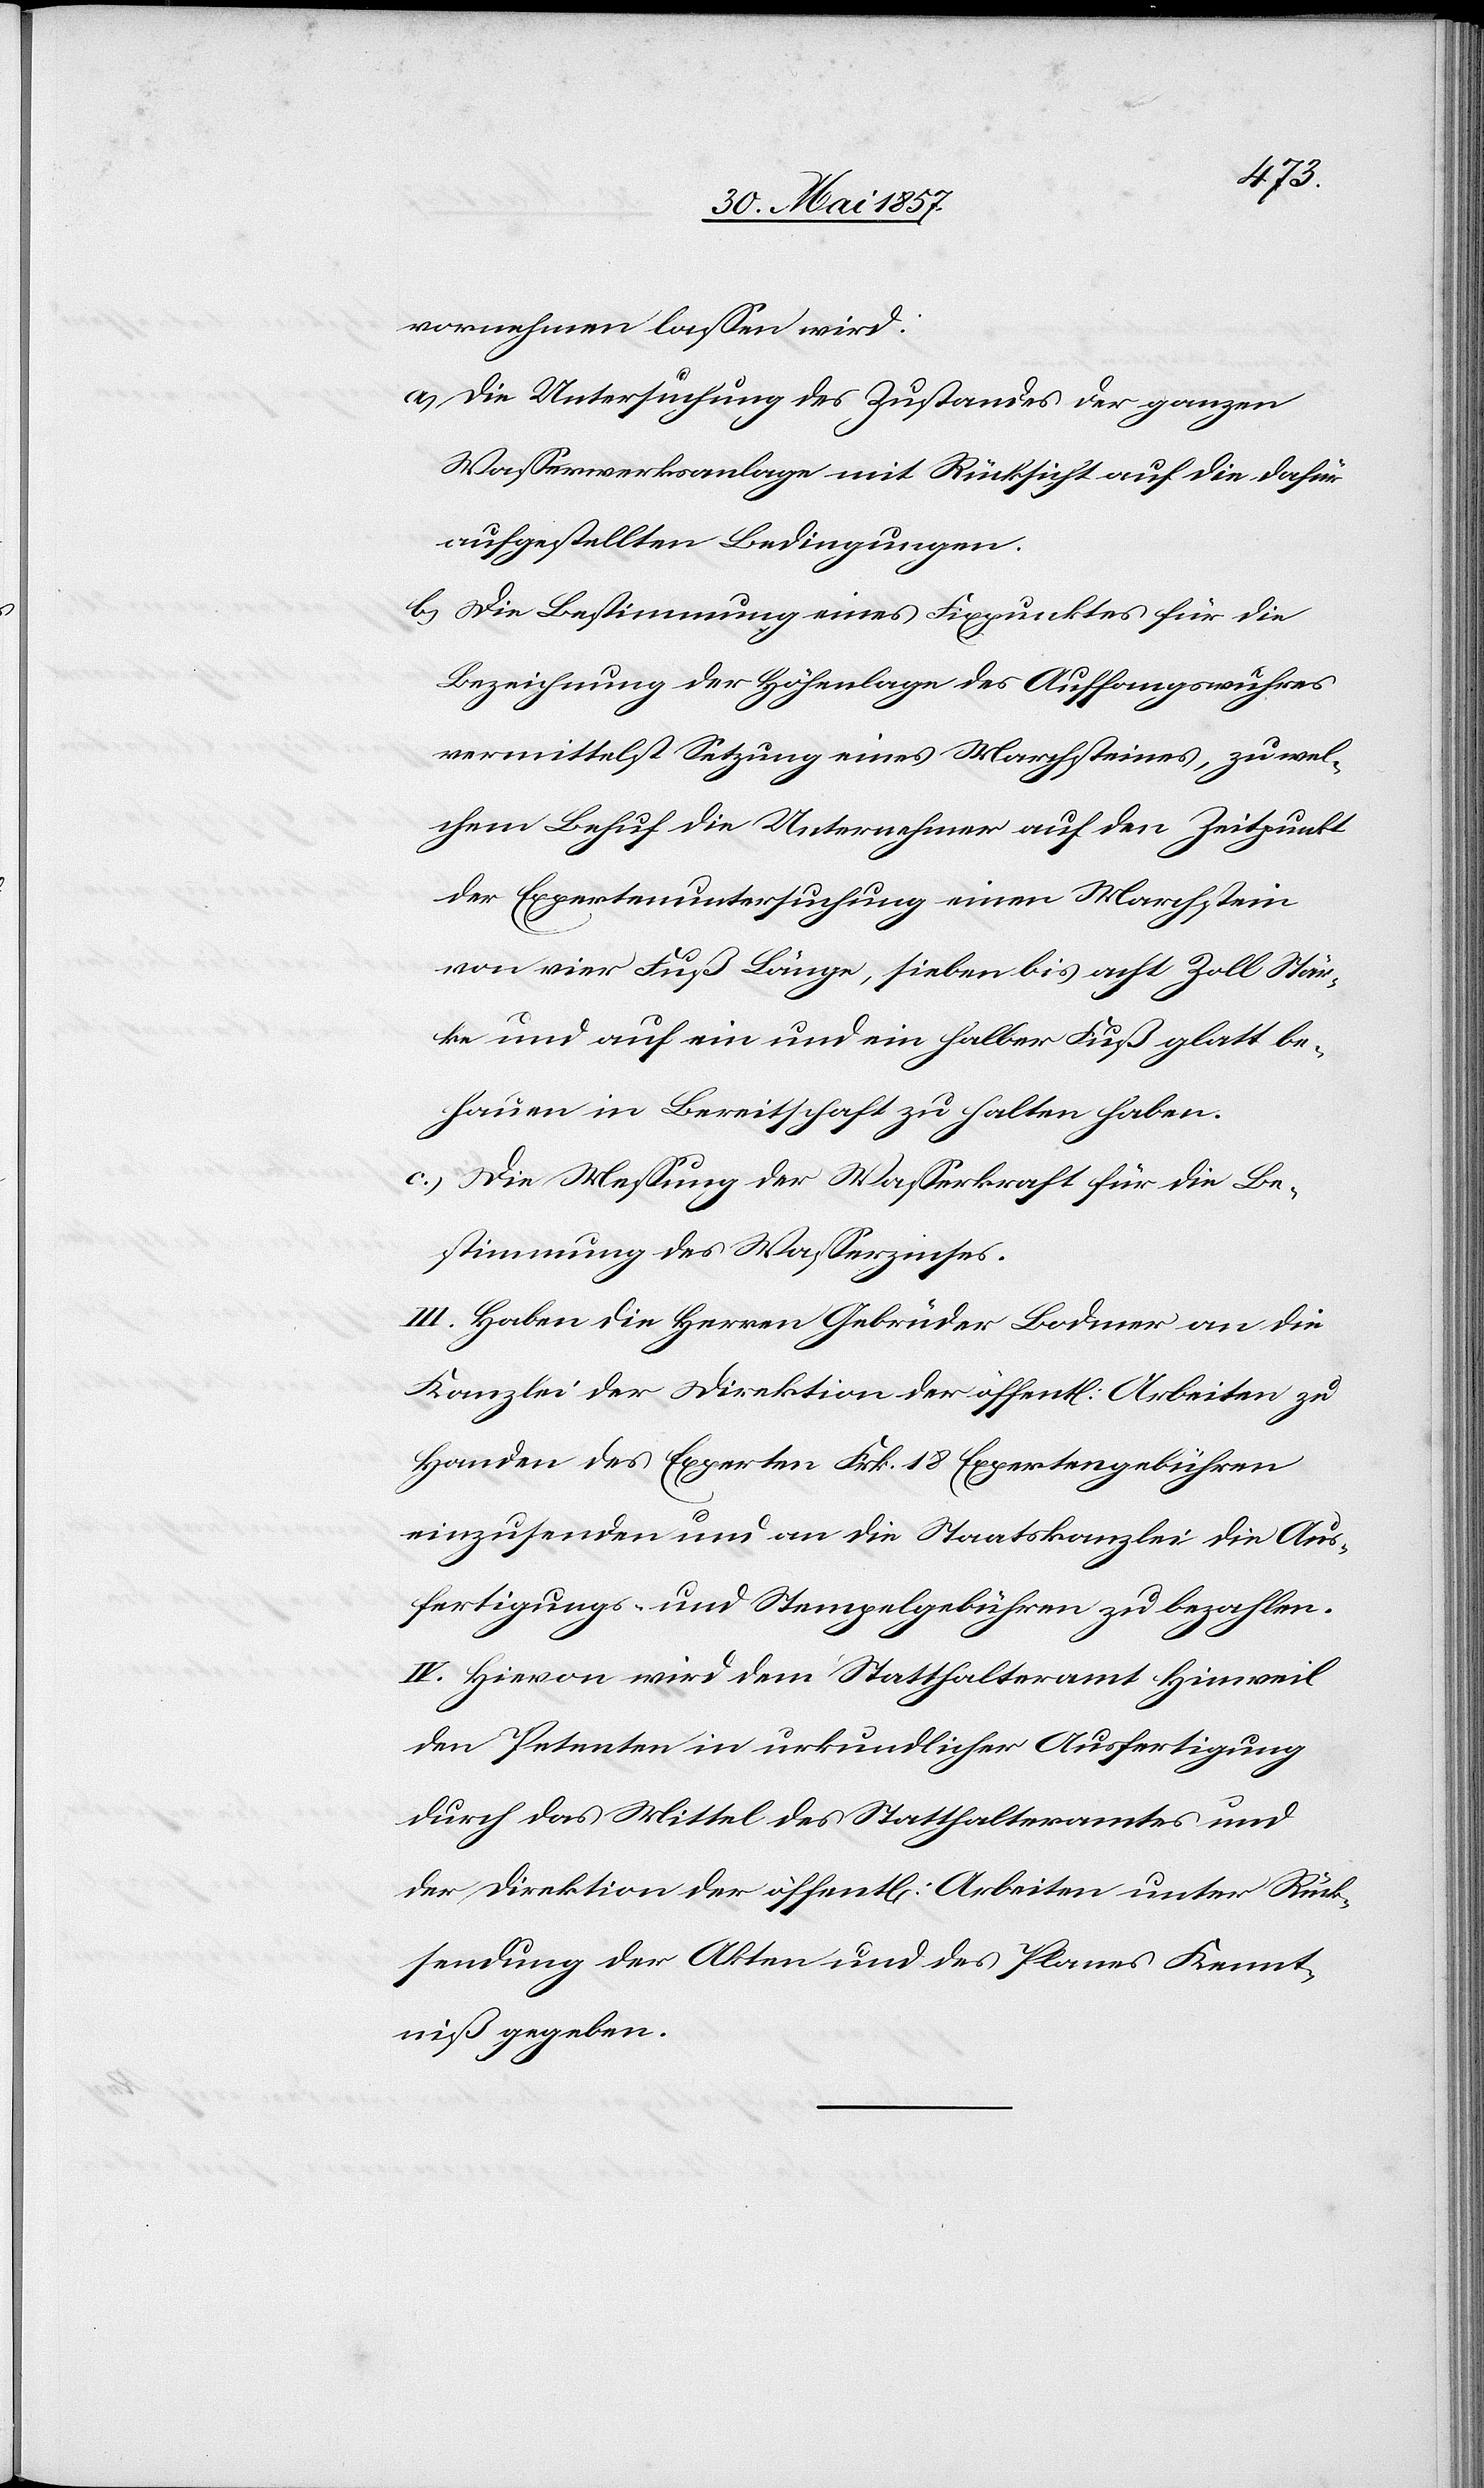
vornehmen lassen wird:
a.) Die Untersuchung des Zustandes der ganzen
Wasserwerksanlage mit Rücksicht auf die dafür
aufgestellten Bedingungen.
b.) Die Bestimmung eines Fixpunktes für die
Bezeichnung der Höhenlage des Auffangswuhres
vermittelst Setzung eines Marchsteines, zu wel¬
chem Behuf die Unternehmer auf den Zeitpunkt
der Expertenuntersuchung einen Marchstein
von vier Fuß Länge, sieben bis acht Zoll Stär¬
ke und auf ein und ein halber Fuß glatt be¬
hauen in Bereitschaft zu halten habe.
c.) Die Messung der Wasserkraft für die Be¬
stimmung des Wasserzinses.
III. Haben die Herren Gebrüder Bodmer an die
Kanzlei der Direktion der öffentl. Arbeiten zu
Handen des Experten Frk. 18 Expertengebühren
einzusenden und an die Staatskanzlei die Aus¬
fertigungs- u. Stempelgebühren zu bezahlen.
IV. Hievon wird dem Statthalteramt Hinweil
den Petenten in urkundlicher Ausfertigung
durch das Mittel des Statthalteramtes und
der Direktion der öffentlichen Arbeiten unter Rück¬
sendung der Akten und des Planes Kennt¬
niß gegeben.